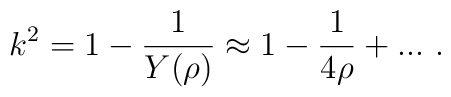
k^2=1-\frac{1}{Y(\rho)}\approx1-\frac{1}{4\rho}+... ~.